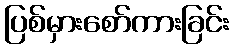
ပြစ်မှားစော်ကားခြင်း